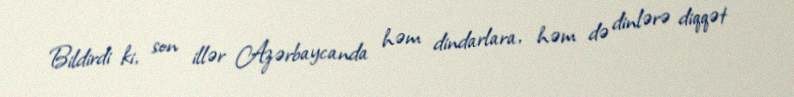
Bildirdi ki, son illər Azərbaycanda həm dindarlara, həm də dinlərə diqqət